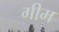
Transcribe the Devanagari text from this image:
गीम